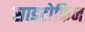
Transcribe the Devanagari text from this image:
साइटोकिन